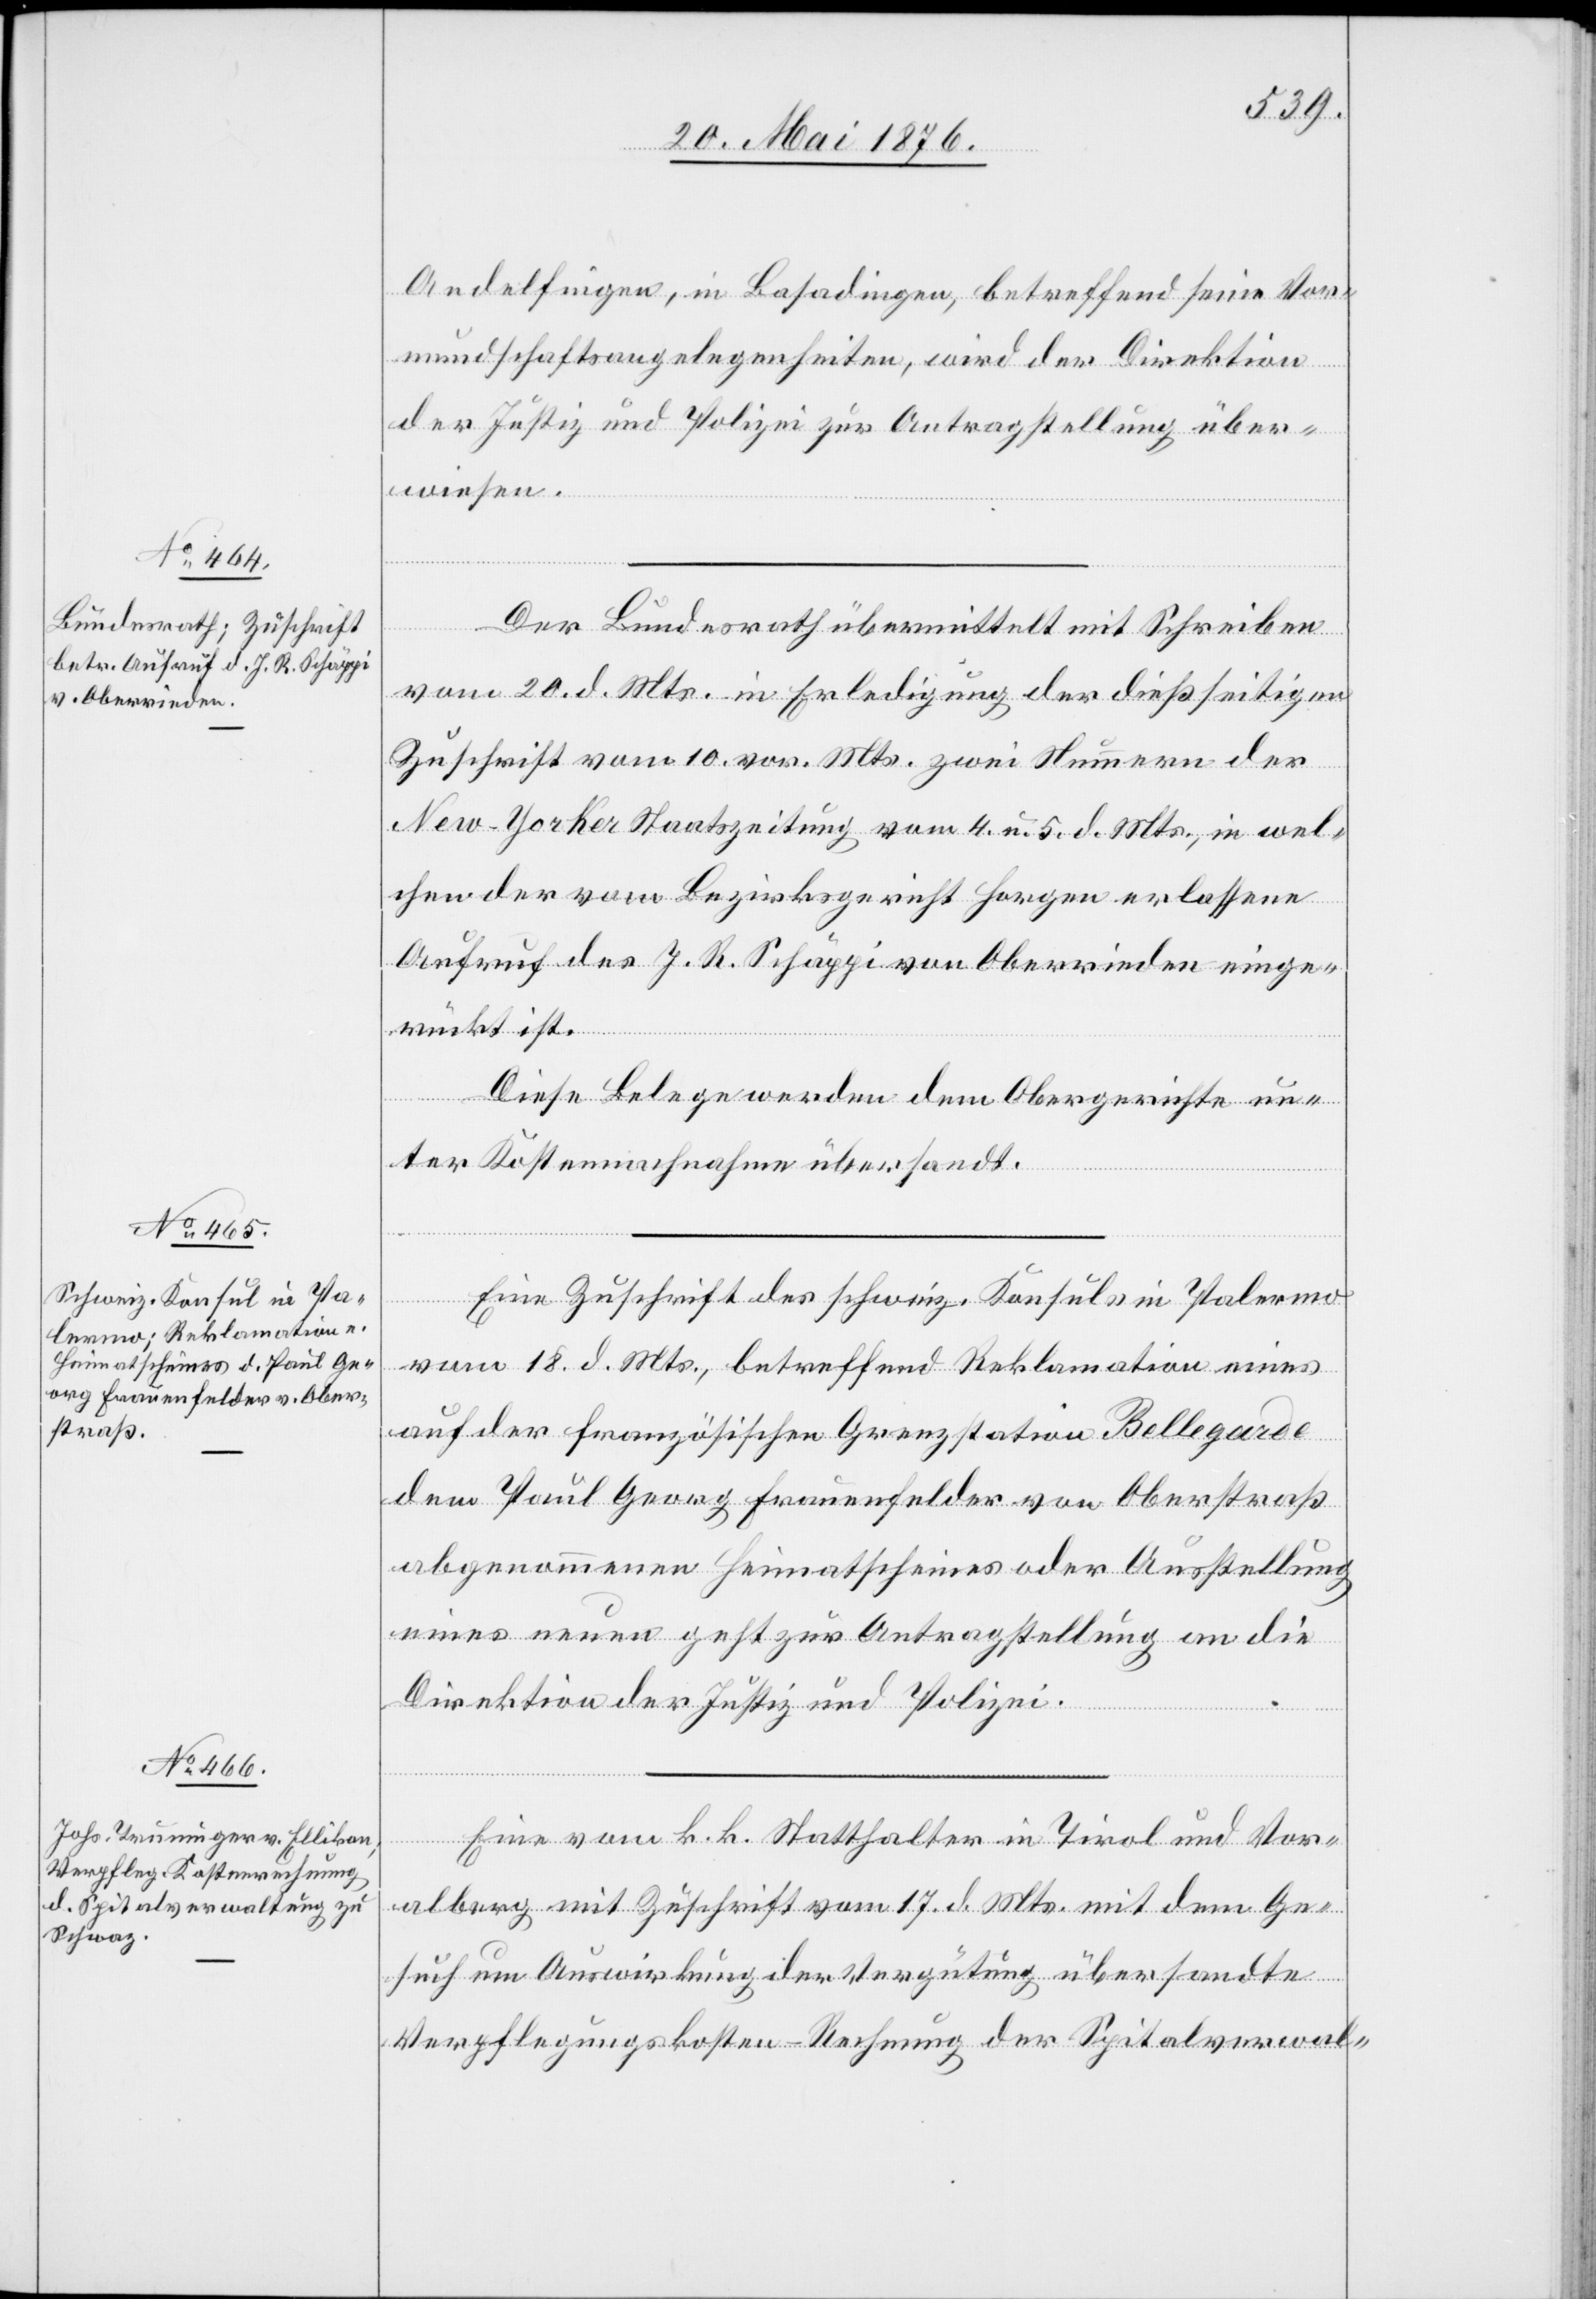
24. Mai 1876.]
Andelfingen, in Basadingen, betreffend seine Vor¬
mundschaftsangelegenheiten, wird der Direktion
der Justiz und Polizei zur Antragstellung über¬
wiesen.
Der Bundesrath übermittelt mit Schreiben
vom 20. d. Mts. in Erledigung der dießseitigen
Zuschrift vom 10. vor. Mts. zwei Nummern der
New-Yorker Staatszeitung vom 4. und 5. d. MTs., in wel¬
chen der vom Bezirksgericht Horgen erlassene
Aufruf des J. R. Schäppi von Oberrieden einge¬
rückt ist.
Diese Belege werden dem Obergerichte un¬
ter Kostennachnahme übersandt.
Eine Zuschrift des schweiz. Konsuls in Palermo
vom 18. d. Mts., betreffend Reklamation eines
auf der französischen Grenzstation Bellegarde
dem Paul Georg Frauenfelder von Oberstraß
abgenommenen Heimatscheines oder Ausstellung
eines neuen geht zur Antragstellung an die
Direktion der Justiz und Polizei.
Eine vom k. k. Statthalter in Tirol und Vor¬
alberg mit Zuschrift vom 17. d. Mts. mit dem Ge¬
such um Auswirkung der Vergütung übersandte
Verpflegungskosten-Rechnung der Spitalverwalt-